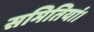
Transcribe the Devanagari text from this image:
समितियां।